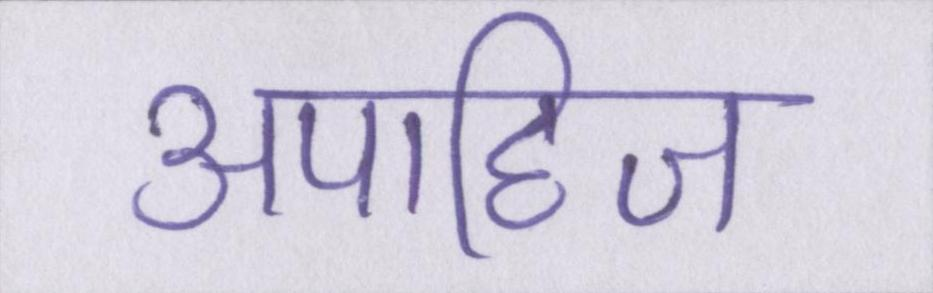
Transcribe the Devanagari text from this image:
अपाहिज